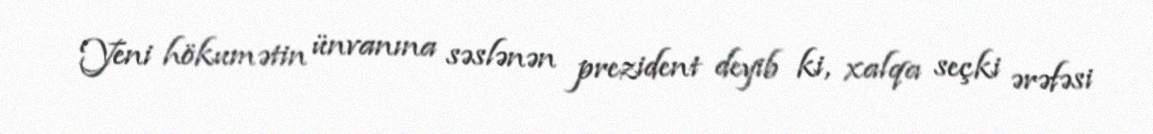
Yeni hökumətin ünvanına səslənən prezident deyib ki, xalqa seçki ərəfəsi